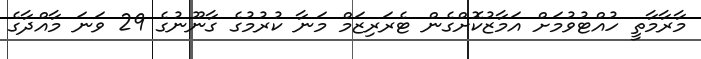
މާރާމާތީ ހުއްޓުވުމަށް އަމާޒުކޮށްގެން ޓެރަރިޒަމް މަނާ ކުރުމުގެ ގާނޫނުގެ 29 ވަނަ މާއްދާގެ